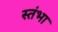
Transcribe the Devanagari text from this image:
स्तंभा